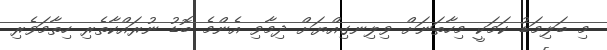
މި ބަލިމަޑު ކަމަކީ މިހާތަނަށް ވިލިނގިއްޔަށް ދިމާވި އެންމެ ބޮޑު ނުރައްކާތެރި ހިތާމަވެރި